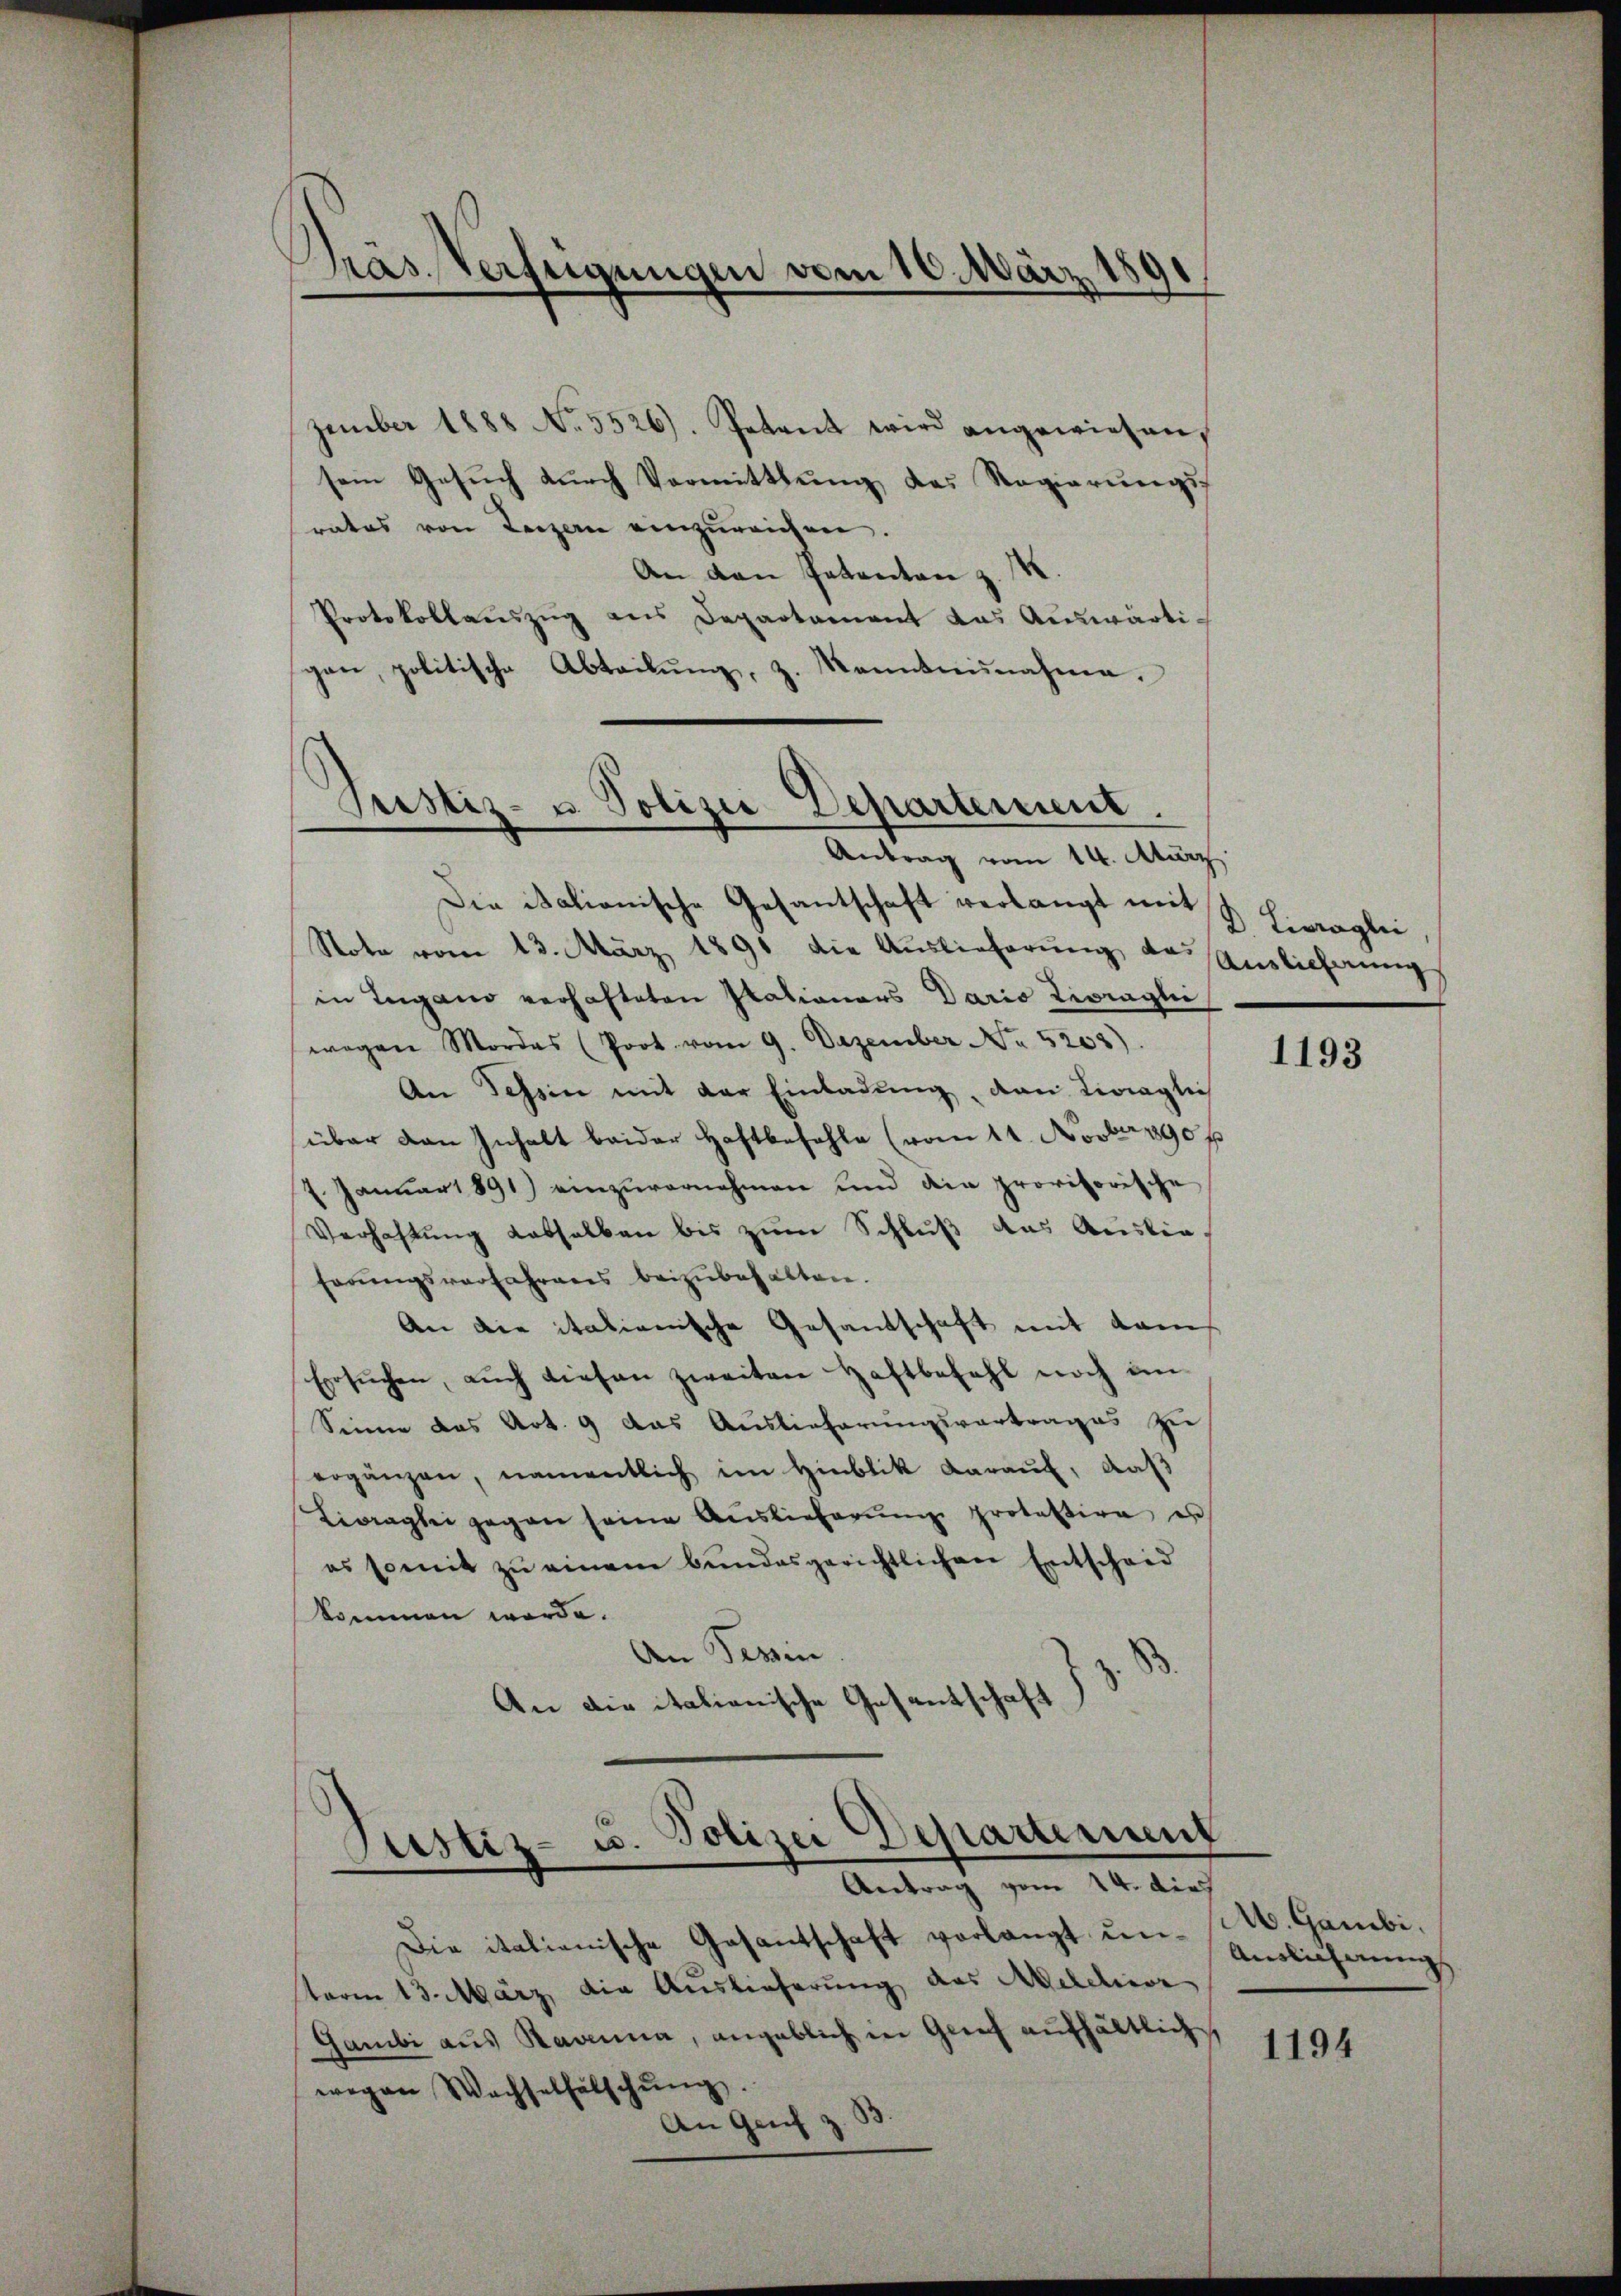
Präs. Verfügungen vom 10. März 1891

zember 1888 No. 5526). Petent wird angewiesen,
sein Gesŭch durch Vormittlung des Regierungsrates von Luzern einzureichen.
An den Petenten z. M.
Protokollaŭszŭg ans Departement das Auswärti-
gan, politische Abteilŭng, z. Kanntnisnahme.
Antrag vom 14. März
Die italionische Gesantschaft verlangt mit
Stote vom 13. März 1891 die Auslieferung das
in Ingano verhafteten Italionars Daris Livreglei
wegen Mordes (Poot vom 9. Dezember No. 5203).
An Tessin mit der Einladŭng, dan Linaglich
über den Inhalt beider Haftbefehle (vom 11. Novber 190 p
7. Januar 1891) einzuvernehmen und die provisorische
Verhaltŭng dasselben bis zŭm Schluß das Auslie
ferŭngsverfahrens beizubehalten.
An die italienische Gesandschaft mit dem
Ersŭchen, aŭch diesen zweiten Haftbefahl noch an-
Sinne das Art. 9 das Auslieferungsvortrages zu
ergänzen, namentlich im Hinblik daraŭf, daß
Liragli gegen seine Auslieferŭng protestire es
es somit zŭ einem bundesgerichtlichen Entscheid
kommen werde.
An Tessin
An die italienische Gesantschaft

Justiz- u. Polizei Departement.

Justiz- u. Polizei Departement
Antrag vom 14. dies

Die italienische Gasantschaft vorlangt unterm 13. März, die Auslieferung des Melchior
Gambi aus Ravnna, angeblich in Gleich aufhältlich,
wegen Wachselfälschŭng.
An Genf z

D Livragli
Auslichnung

1193

M. Gambi.
Auslicherung

1194